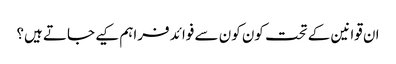
ان قوانین کے تحت کون کون سے فوائد فراہم کیے جاتے ہیں؟